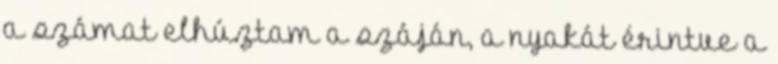
a számat elhúztam a száján, a nyakát érintve a